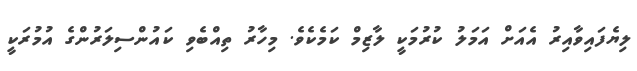
ލިޔެފައިވާއިރު އެއަށް އަމަލު ކުރުމަކީ ލާޒިމް ކަމެކެވެ. މިހާރު ތިއްބެވި ކައުންސިލަރުންގެ އުމުރަކީ